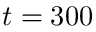
t = 3 0 0